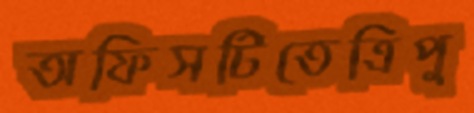
অফিসটিতেত্রিপু